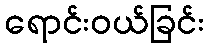
ရောင်းဝယ်ခြင်း